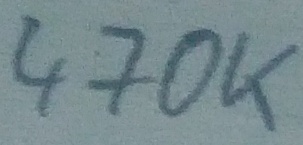
Text: 470K